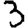
Digit: 3